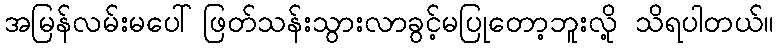
အမြန်လမ်းမပေါ်ဖြတ်သန်းသွားလာခွင့်မပြုတော့ဘူးလို့ သိရပါတယ်။